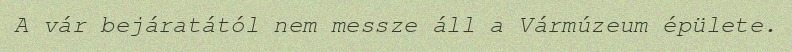
A vár bejáratától nem messze áll a Vármúzeum épülete.